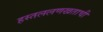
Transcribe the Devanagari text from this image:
हस्तललणखताची